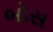
બોસ